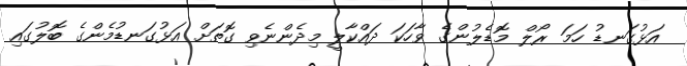
އަޅުގަނޑު ހަމަ ރޯލް މޮޑެލުންގެ ވާހަކަ ދައްކާލީ މިދެންނެވި ގޮތަށް އަޅުގަނޑުމެންގެ ބޮލުގައި